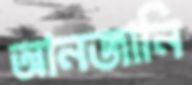
আনজানি